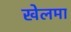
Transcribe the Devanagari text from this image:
खेलमा